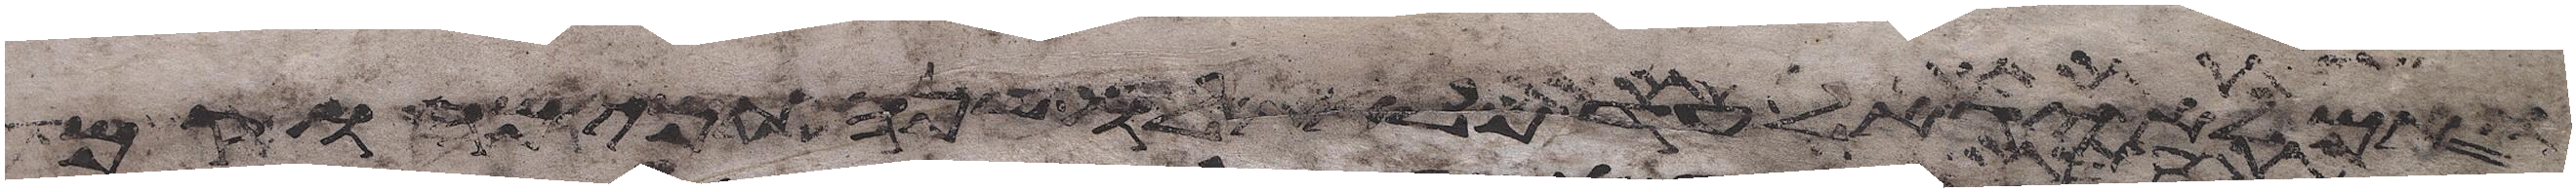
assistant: ואם לא יגאל עד מלאת לו שנה תמימה וקם